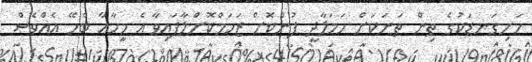
ހަށިގަނޑަކުގެ ތިން ތަނަކަށް ހަމަލާދީ ފުންކޮށް ޒަހަމްކޮށްލާފައިވާ އެ މީހާއާ ބެހޭ އެއްވެސް